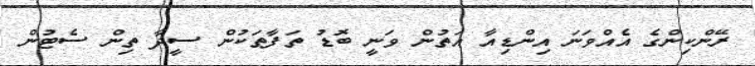
ރޭންކިންގެ އެއްވަނަ އިންޑިއާ އަތުން ވަނީ ބޮޑު ތަފާތަކުން ސީދާ ތިން ސެޓުން